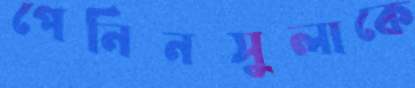
পেনিনসুলাকে